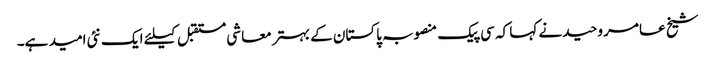
شیخ عامر وحید نے کہا کہ سی پیک منصوبہ پاکستان کے بہتر معاشی مستقبل کیلئے ایک نئی امید ہے۔